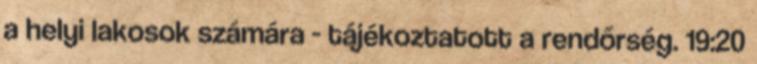
a helyi lakosok számára - tájékoztatott a rendőrség. 19:20